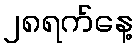
၂၈ရက်နေ့